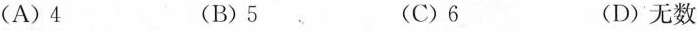
(A)4 (B)5 (C)6 (D)无数